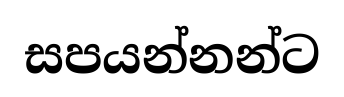
සපයන්නන්ට